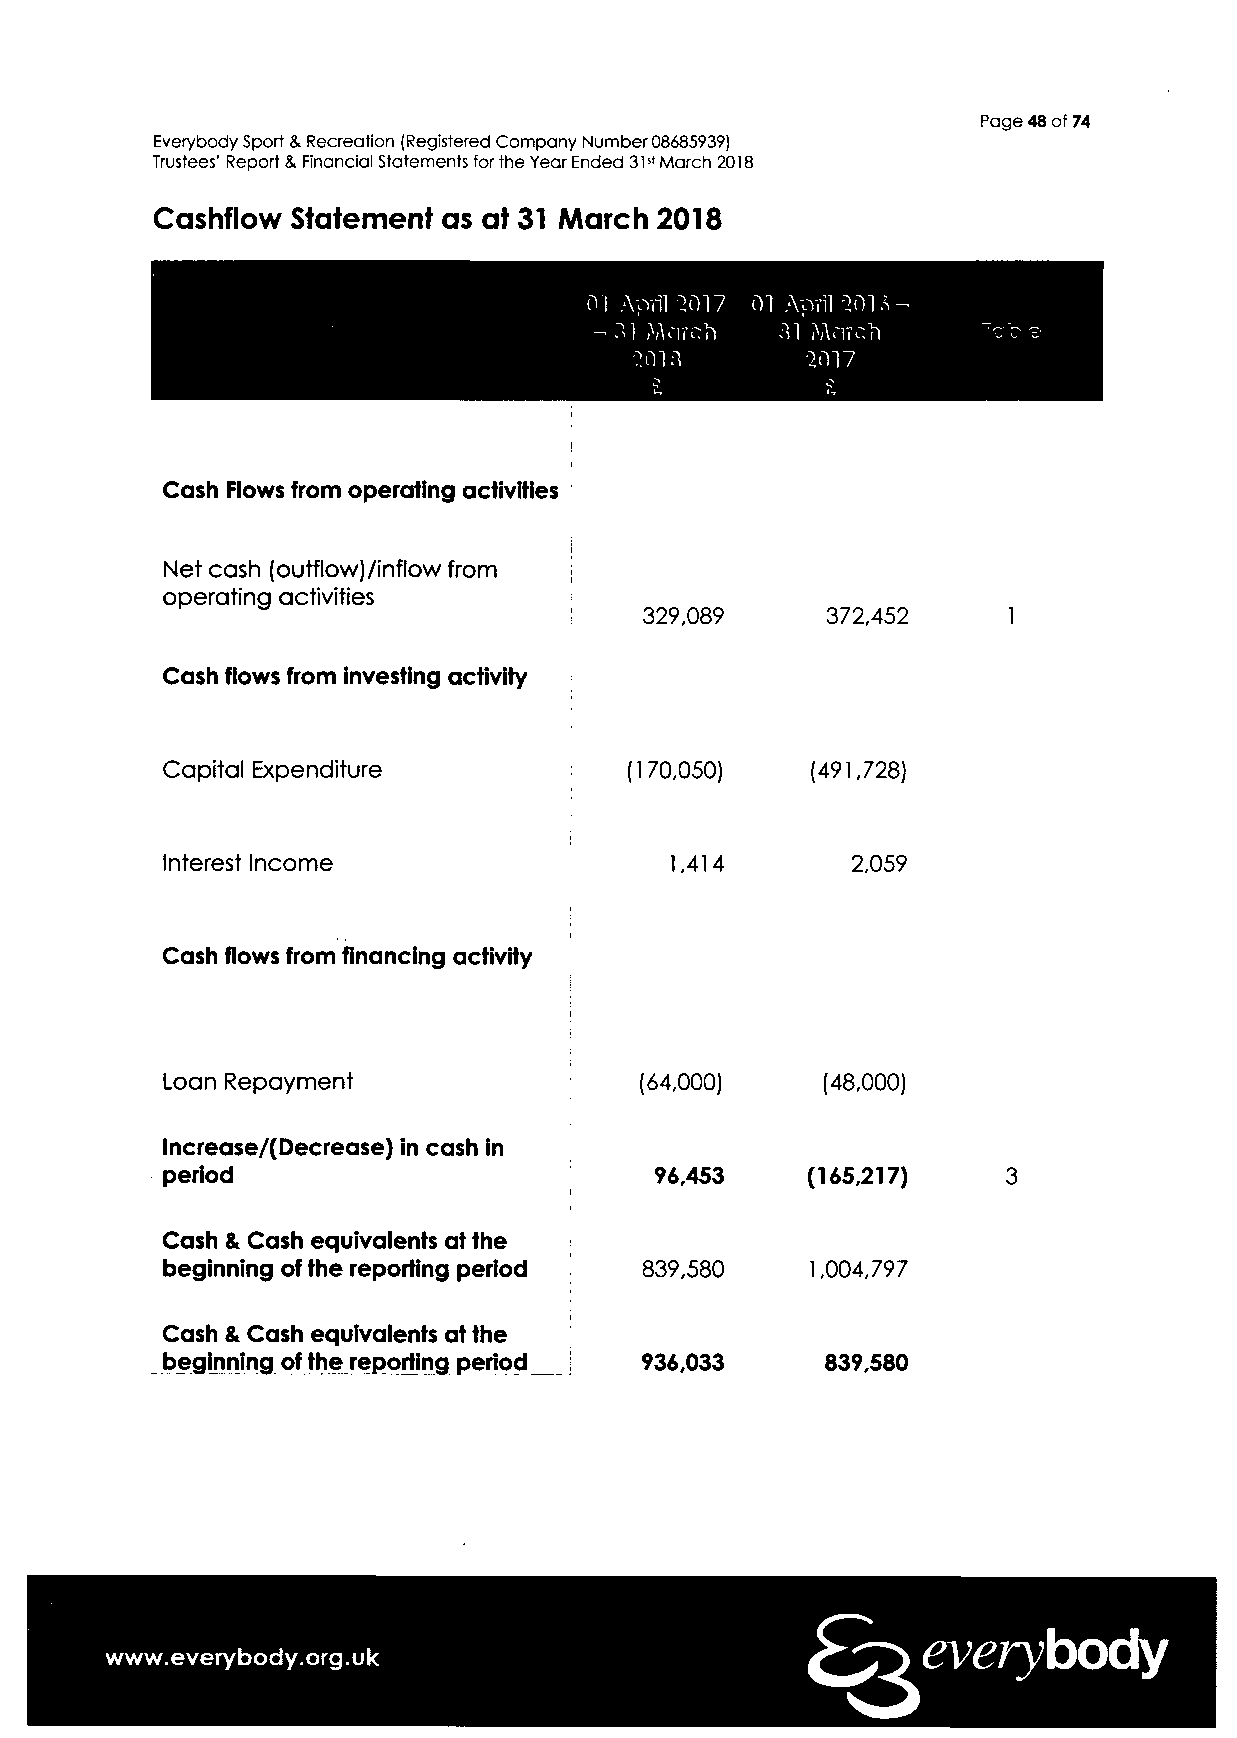
Page 48 of 74
 Everybody Sport & Recreation (Registered Company Number 08685939)
 Trustees' Report & Financial Statements for the Year Ended 31st March 2018
 Cashflow Statement as at 31 March 2018
 01 April -:017 01 April -"201 .V
 -31 Mnrch   31 March
 :01:1      2017
 Cash Flows from operating activities
 Net cash (outflow)/inflow from
 operating activities
 329,089     372,452
 Cash flows from investing activity
 Capital Expenditure            (170,050)   (491,728)
 Interest Income                  1,414       2,059
 Cash flows from financing activity
 Loan Repayment                 (64,000)    (48,000)
 lncrease/(Decrease) in cash in
 period                          96,453    (165,217)
 Cash & Cash equivalents at the
 beginning of the reporting period 839,580  1,004,797
 Cash & Cash equivalents at the
 beginning of the reporting period 936,033   839,580
 everybody
 www.everybody.org.uk